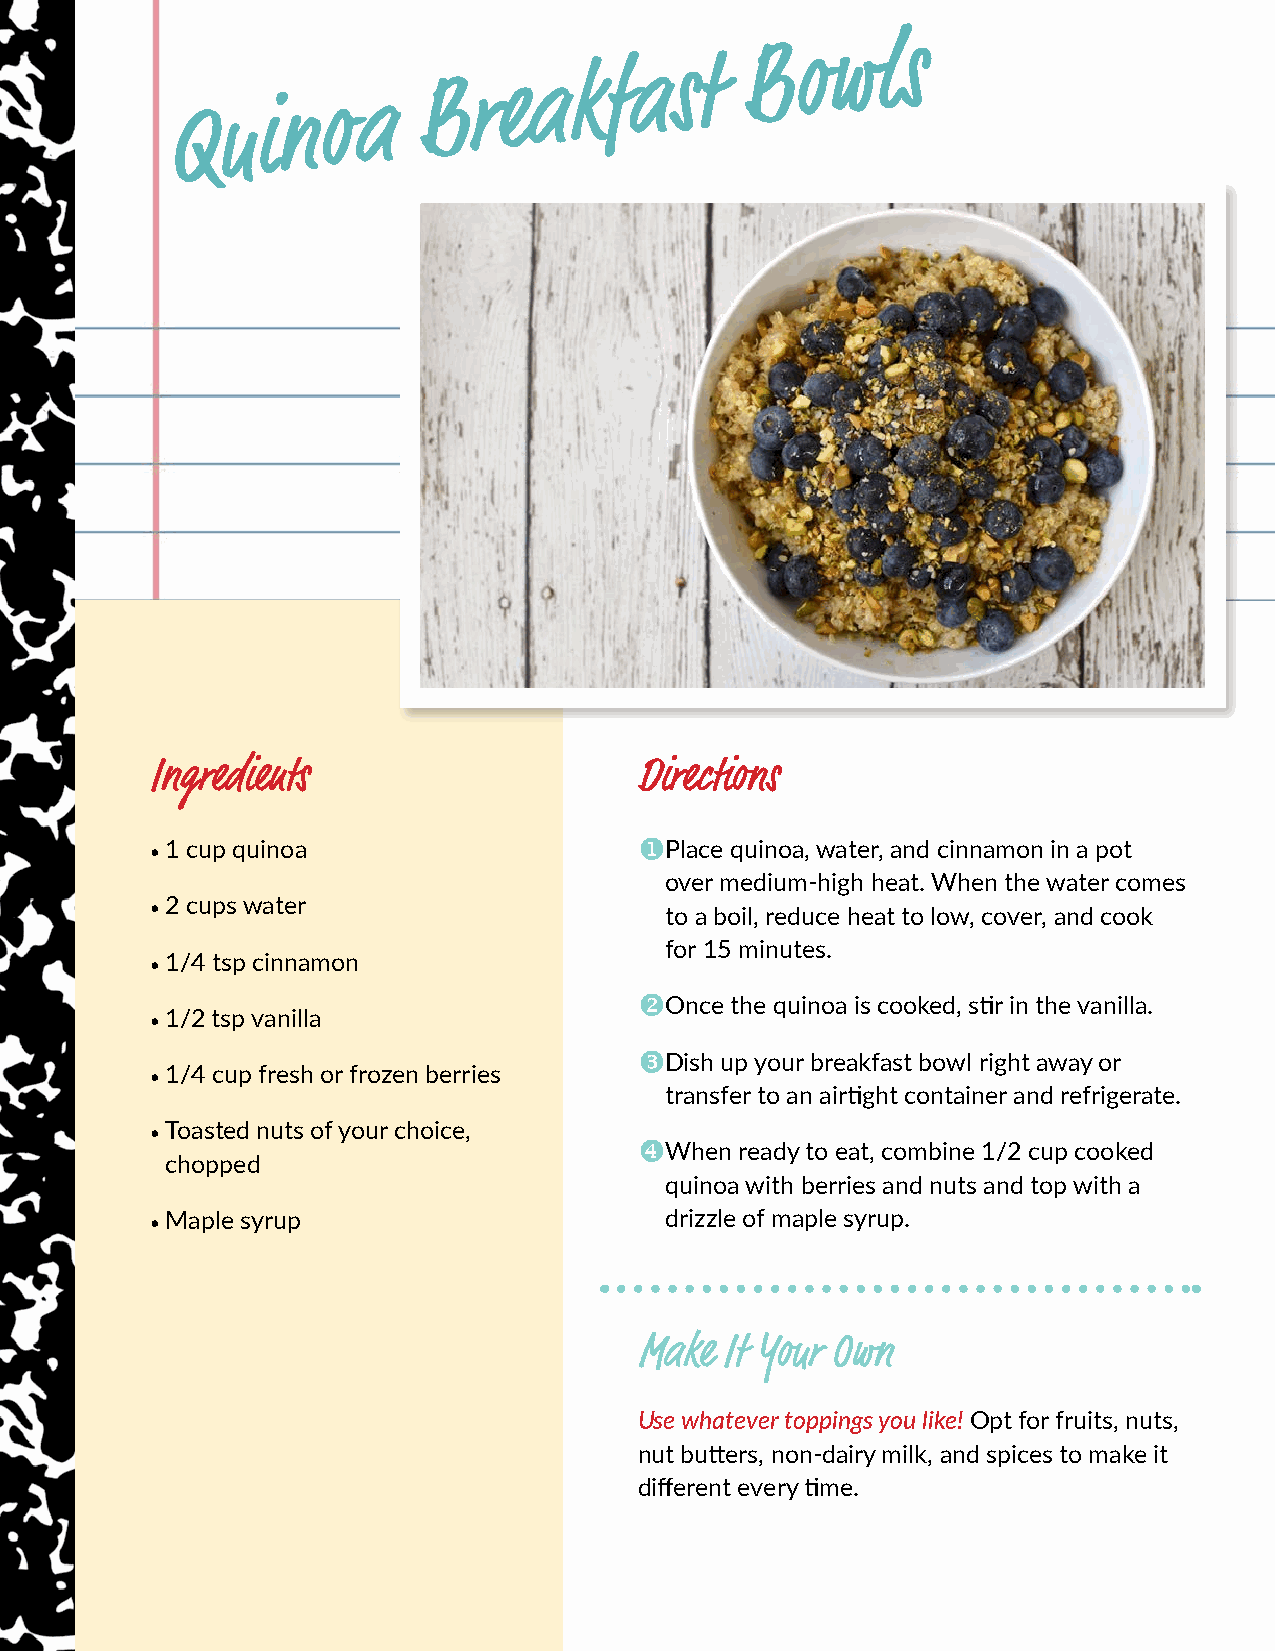
Q  u i n  o a
 B  r e a  k f a  s t
 B  o w  l s
 Ingredients                     Directions
 • 1 cup quinoa
 u
 Place quinoa, water, and cinnamon in a pot
 over medium-high heat. When the water comes
 • 2 cups water
 to a boil, reduce heat to low, cover, and cook
 for 15 minutes.
 • 1/4 tsp cinnamon
 vOnce the quinoa is cooked, stir in the vanilla.
 • 1/2 tsp vanilla
 wDish up your breakfast bowl right away or
 • 1/4 cup fresh or frozen berries
 transfer to an airtight container and refrigerate.
 • Toasted nuts of your choice,
 xWhen ready to eat, combine 1/2 cup cooked
 chopped
 quinoa with berries and nuts and top with a
 • Maple syrup                     drizzle of maple syrup.
 Make  It Your Own
 Use whatever toppings you like! Opt for fruits, nuts,
 nut butters, non-dairy milk, and spices to make it
 different every time.